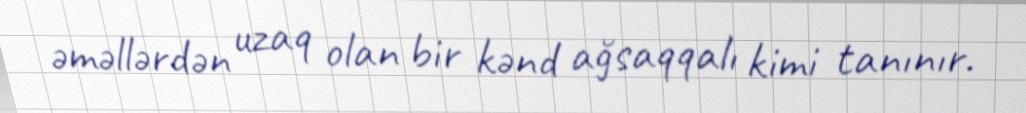
əməllərdən uzaq olan bir kənd ağsaqqalı kimi tanınır.